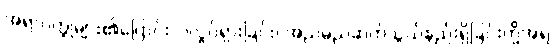
အရာဝတ္ထုများ၏ပြောင်းလဲလှုပ်ရှားခြင်း၊ အညမညဆက်သွယ်နည်းရှိခြင်းတို့အရ